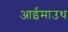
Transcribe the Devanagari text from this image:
आईमाउथ